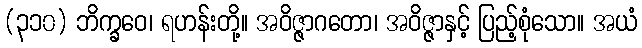
(၃၁၀) ဘိက္ခဝေ၊ ရဟန်းတို့။ အဝိဇ္ဇာဂတော၊ အဝိဇ္ဇာနှင့် ပြည့်စုံသော။ အယံ